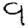
Digit: 9